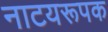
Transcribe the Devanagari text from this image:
नाटयरूपक